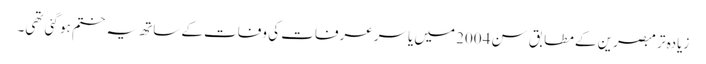
زیادہ تر مبصرین کے مطابق سن 2004 میں یاسر عرفات کی وفات کے ساتھ یہ ختم ہو گئی تھی۔